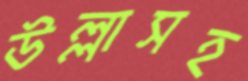
উল্লাসহ